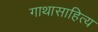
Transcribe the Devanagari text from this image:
गाथासाहित्य